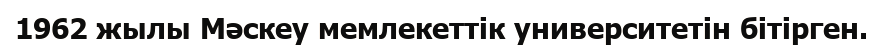
1962 жылы Мәскеу мемлекеттік университетін бітірген.